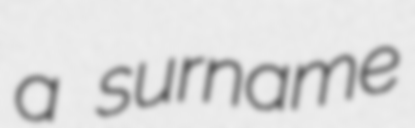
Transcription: a surname